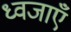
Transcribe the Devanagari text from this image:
ध्वजाएँ